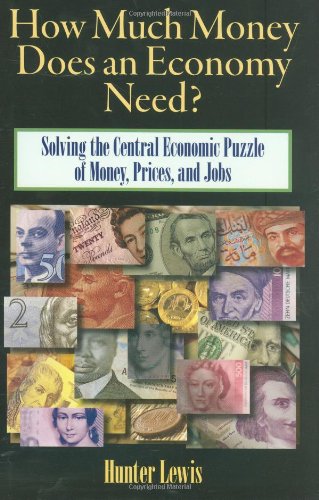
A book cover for How Much Money Does an Economy Need?: Solving the Central Economic Puzzle of Money,Prices, and Jobs; Hunter Lewis; Business & Money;